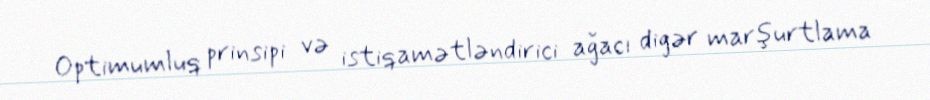
Optimumluq prinsipi və istiqamətləndirici ağacı digər marşurtlama